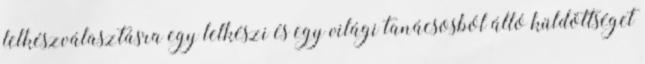
lelkészválasztásra egy lelkészi és egy világi tanácsosból álló küldöttséget